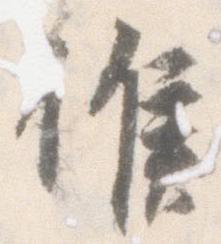
候